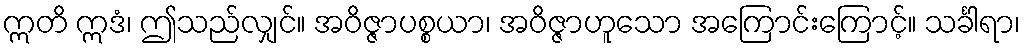
ဣတိ ဣဒံ၊ ဤသည်လျှင်။ အဝိဇ္ဇာပစ္စယာ၊ အဝိဇ္ဇာဟူသော အကြောင်းကြောင့်။ သင်္ခါရာ၊